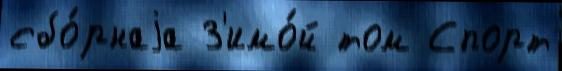
сбо́рнаjа З'имо́й том Спорт